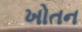
ખોતન